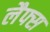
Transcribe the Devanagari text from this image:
लैफ्स